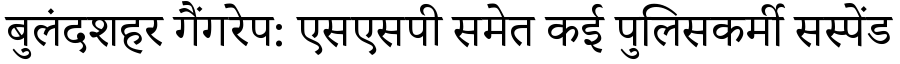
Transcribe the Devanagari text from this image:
बुलंदशहर गैंगरेप: एसएसपी समेत कई पुलिसकर्मी सस्पेंड